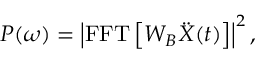
P ( \omega ) = \left| \mathrm { F F T } \left[ W _ { B } \ddot { X } ( t ) \right] \right| ^ { 2 } ,